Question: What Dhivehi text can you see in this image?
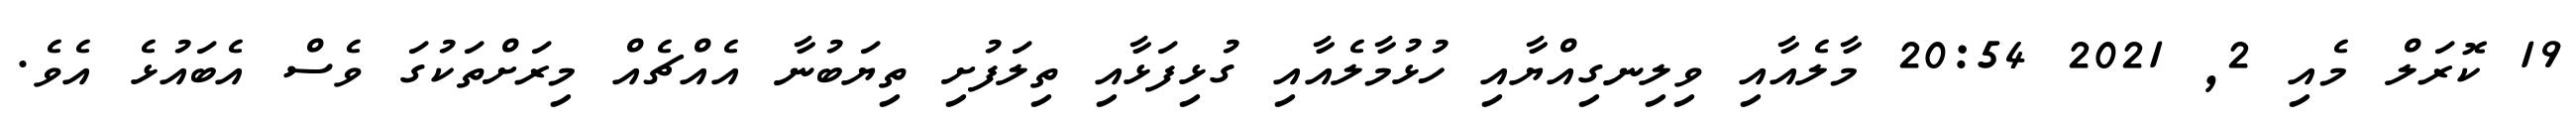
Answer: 19 ކޮރަލް މެއި 2, 2021 20:54 މާލެއާއި ވިލިނގިއްޔާއި ހުޅުމާލެއާއި ގުޅިފަޅާއި ތިލަފުށި ތިޔަބުނާ އެއްޗެއް މިރަށްތަކުގަ ވެސް އެބައުޅެ އެވެ.